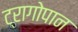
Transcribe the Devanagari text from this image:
ट्रागोपान